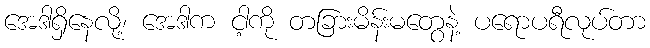
အေဒါရှိနေလို့၊ အေဒါက ငါ့ကို တခြားမိန်းမတွေနဲ့ ပရောပရီလုပ်တာ